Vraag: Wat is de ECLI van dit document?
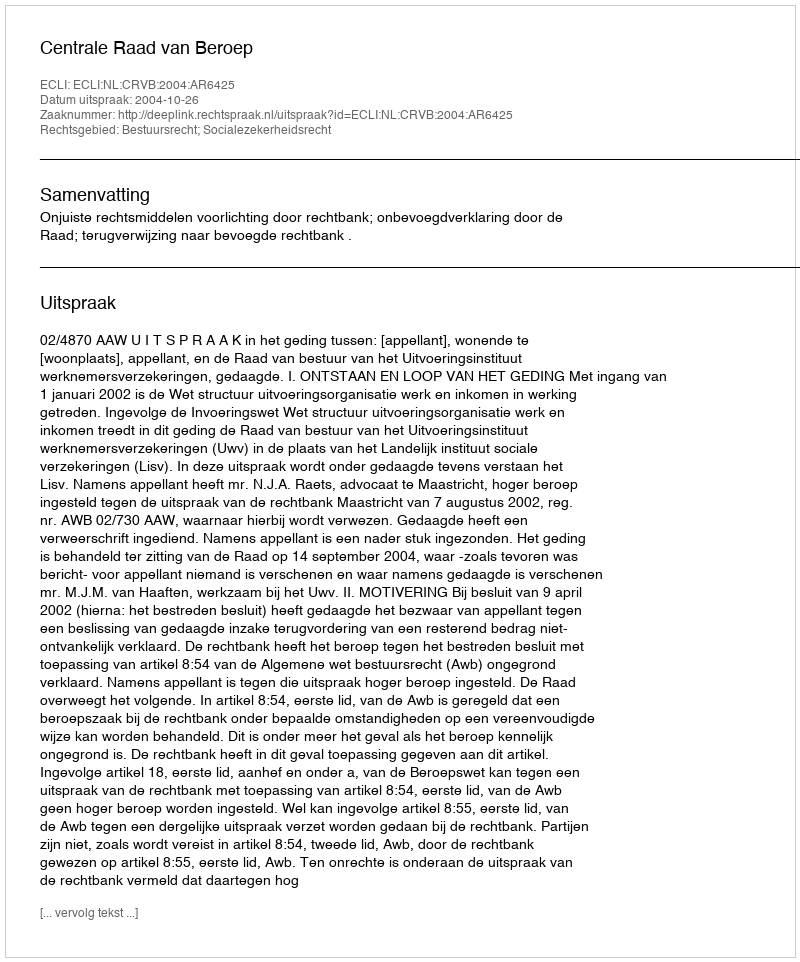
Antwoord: ECLI:NL:CRVB:2004:AR6425